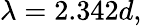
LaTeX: \lambda=2.342d,